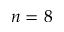
n = 8